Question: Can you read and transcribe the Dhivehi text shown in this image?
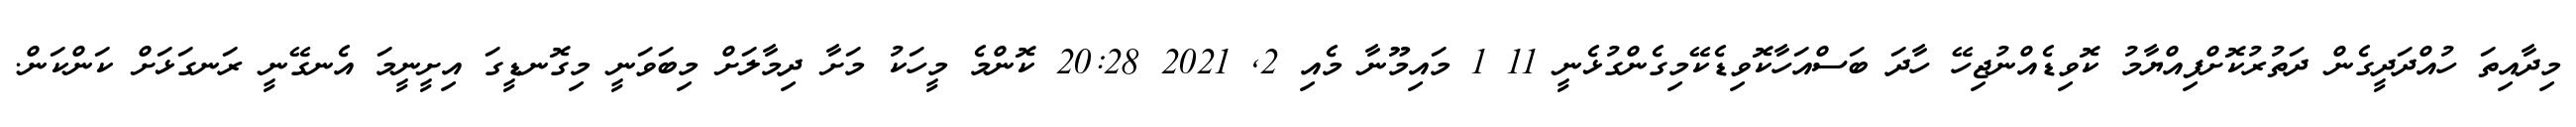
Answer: މިދާއިތަ ހުއްދަދީގެން ދަތުރުކޮށްފިއްޔާމު ކޮވިޑެއްނުޖިހޭ ހާދަ ބަސްއަހާކޮވިޑެކޭމިގެންގުޅެނީ 11 1 މައިމޫނާ މެއި 2, 2021 20:28 ކޮންމެ މީހަކު މަށާ ދިމާލަށް މިބަވަނީ މިގޮނޑީގަ އިށީނީމަ އެނގޭނީ ރަނގަޅަށް ކަންކަން.